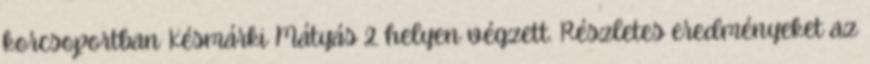
korcsoportban Késmárki Mátyás 2. helyen végzett. Részletes eredményeket az